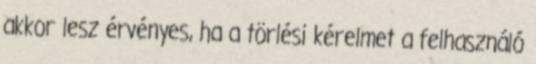
akkor lesz érvényes, ha a törlési kérelmet a felhasználó